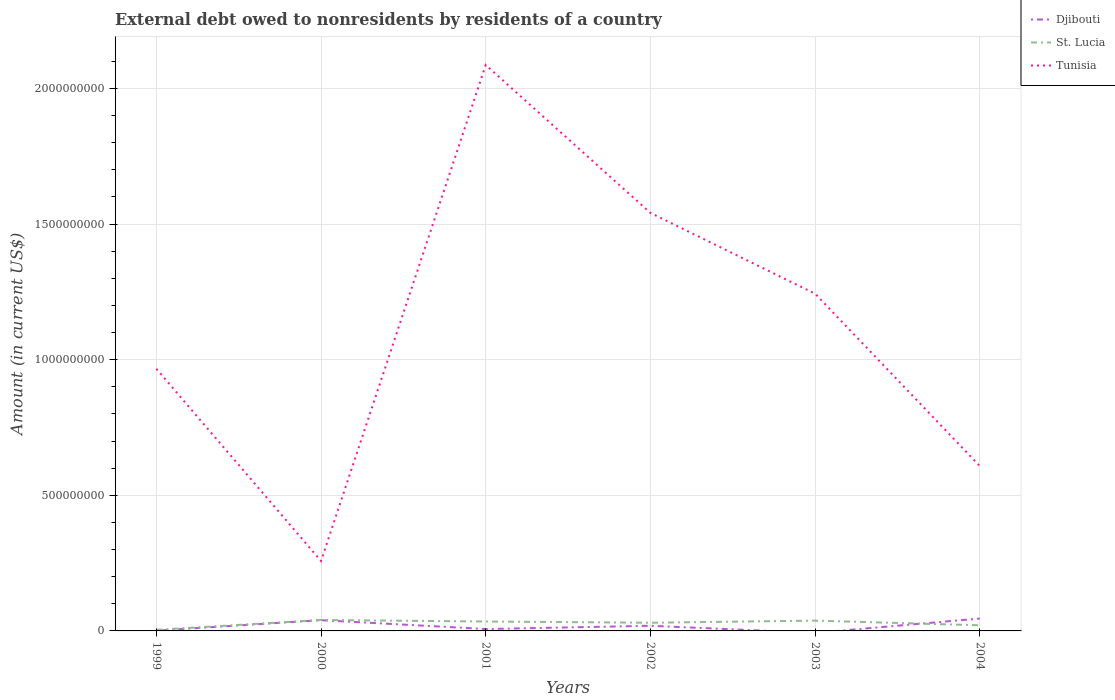
| Years | Djibouti | St. Lucia | Tunisia |
 | --- | --- | --- | --- |
 | 1999 | 9.88e+05 | 4.06e+06 | 9.67e+08 |
 | 2000 | 3.97e+07 | 4.03e+07 | 2.58e+08 |
 | 2001 | 6.98e+06 | 3.47e+07 | 2.09e+09 |
 | 2002 | 1.89e+07 | 3.02e+07 | 1.54e+09 |
 | 2003 | -7.1e+06 | 3.8e+07 | 1.24e+09 |
 | 2004 | 4.57e+07 | 2.08e+07 | 6.08e+08 |